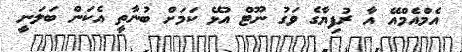
އެމްއެމްއޭ އާ ރުފިޔާގެ ވަގު ނޫޓް އުޅޭ ކަމަށް ބުނާތީ އެކަން ބަލަނީ